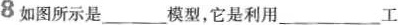
8如图所示是___模型，它是利用___工